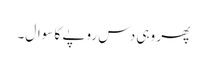
پھر وہی دس روپے کا سوال۔